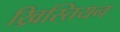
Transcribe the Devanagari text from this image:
ख्रिस्तियन